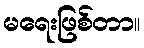
မရေးဖြစ်တာ။